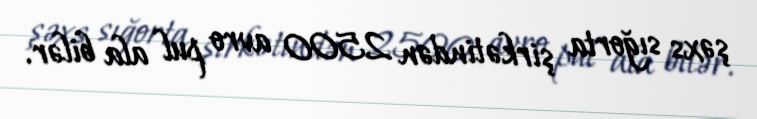
şəxs sığorta şirkətindən 2500 avro pul ala bilər.